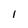
Character: l